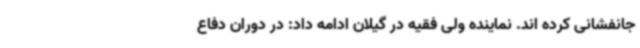
جانفشانی کرده اند. نماینده ولی فقیه در گیلان ادامه داد: در دوران دفاع